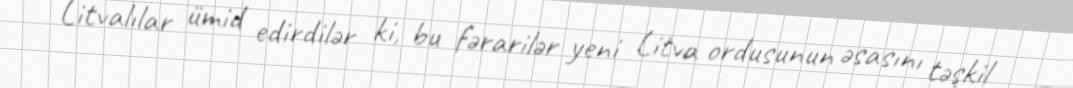
Litvalılar ümid edirdilər ki, bu fərarilər yeni Litva ordusunun əsasını təşkil